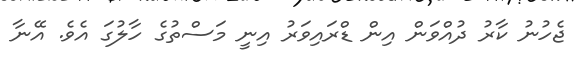
ޖެހުނު ކާރު ދުއްވަން އިން ޑްރައިވަރު އިނީ މަސްތުގެ ހާލުގަ އެވެ. އޭނާ